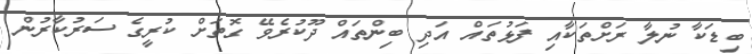
ބިޑަކާ ނުލާ ރަށްތަކާއި ފަޅުތައް އަދި ބިންތައް ދޫކުރެވޭ ގޮތަށް ކުރީގެ ސަރުކާރުން